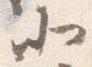
北